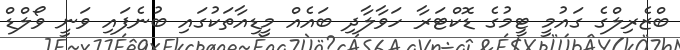
ބްޒެރިލްގެ ގައުމީ ޓީމުގެ ޑޮކްޓަރާ ހަވާލާދި ބައެއް މީޑިއާތަކުގައި ބުނެފައި ވަނީ ވޯލްޑް